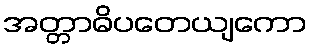
အတ္တာဓိပတေယျကော